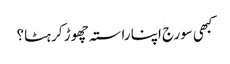
کبھی سورج اپنا راستہ چھوڑ کر ہٹا؟